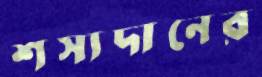
শস্যদানের